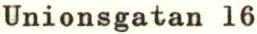
Unionsgatan l6